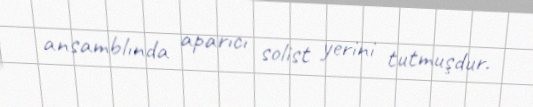
ansamblında aparıcı solist yerini tutmuşdur.